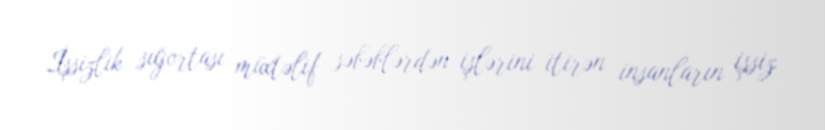
İşsizlik sığortası müxtəlif səbəblərdən işlərini itirən insanların işsiz